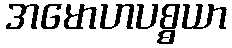
အမောဟပစ္စယာ